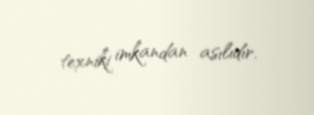
texniki imkandan asılıdır.